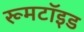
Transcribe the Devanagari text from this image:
रूमटॉइड